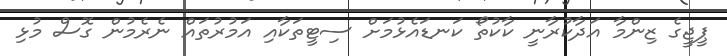
ޕީޖީގެ ޒިންމާ އަދާކުރާނީ ކާކުތޯ ކަނޑައެޅުމަށް ސިޓީތަކާއި އަމުރުތައް ނެރެމުން ގޮސް މުޅި